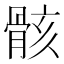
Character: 骸